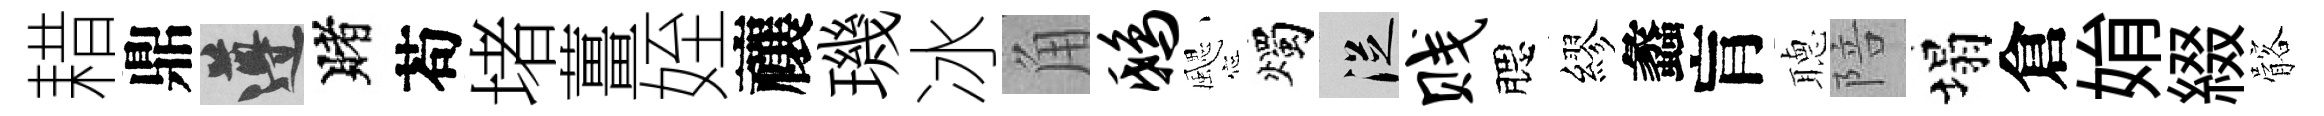
耤鼎遵賭苟堵薑姪禳璣冰角鸱颸燭從贱腮繆蠡肓𦗟陪塌倉姢綴髂